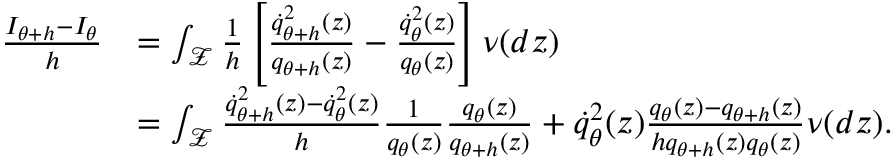
\begin{array} { r l } { \frac { I _ { \theta + h } - I _ { \theta } } { h } } & { = \int _ { \mathcal Z } \frac { 1 } { h } \left[ \frac { \dot { q } _ { \theta + h } ^ { 2 } ( z ) } { q _ { \theta + h } ( z ) } - \frac { \dot { q } _ { \theta } ^ { 2 } ( z ) } { q _ { \theta } ( z ) } \right] \nu ( d z ) } \\ & { = \int _ { \mathcal Z } \frac { \dot { q } _ { \theta + h } ^ { 2 } ( z ) - \dot { q } _ { \theta } ^ { 2 } ( z ) } { h } \frac { 1 } { q _ { \theta } ( z ) } \frac { q _ { \theta } ( z ) } { q _ { \theta + h } ( z ) } + \dot { q } _ { \theta } ^ { 2 } ( z ) \frac { q _ { \theta } ( z ) - q _ { \theta + h } ( z ) } { h q _ { \theta + h } ( z ) q _ { \theta } ( z ) } \nu ( d z ) . } \end{array}